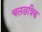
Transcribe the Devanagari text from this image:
चलछत्रिक